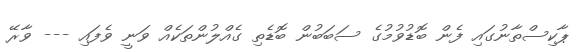
ޕާކިސްތާނުގައި ފެން ބޮޑުވުމުގެ ސަބަބުން ބޮޑެތި ގެއްލުންތަކެއް ވަނީ ވެފައި --- ވާރޭ